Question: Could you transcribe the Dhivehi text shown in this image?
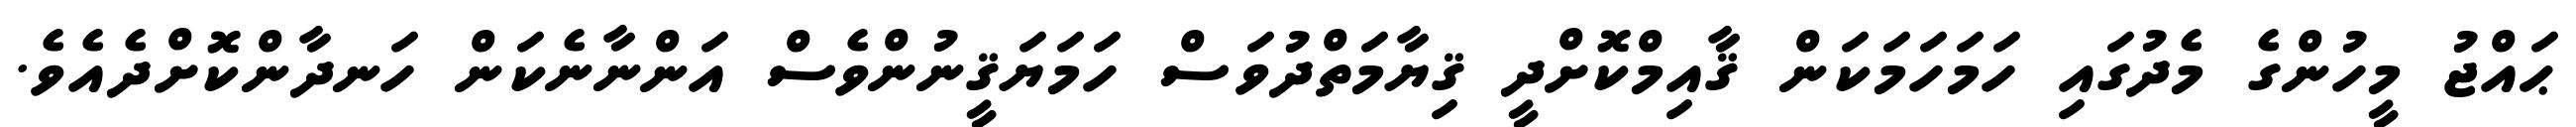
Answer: ޙައްޖު މީހުންގެ މެދުގައި ހަމަހަމަކަން ޤާއިމްކޮށްދީ ޤިޔާމަތްދުވަސް ހަމަޔަޤީނުންވެސް އަންނާނެކަން ހަނދާންކޮށްދެއެވެ.